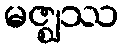
မဇ္ဈဿ